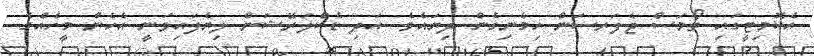
އެކޮމިޓީގައި ތޯމަސް ޖެފަރސަން ހިމެނިގެން ދިޔައެވެ. އަދި ޑެކްލަރޭޝަން ލިޔެފައިވަނީ އެހެން މީހެއްގެ